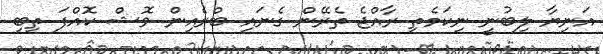
އަނިޔާ ލިބުނީ ނިކަމެތި ރާއްޖެ ތެރޭން ގެނައި ބްރެއިން ވޮޝް ކޮއްފަ ތިބި